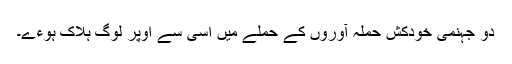
دو جہنمی خودکش حملہ آوروں کے حملے میں اسی سے اوپر لوگ ہلاک ہوءے۔